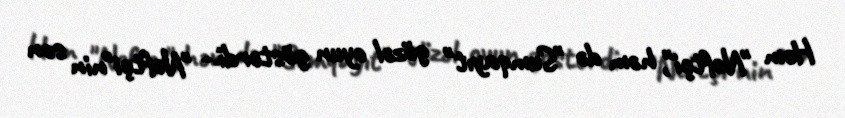
Həm "Neftçi", həm də "Sumqayıt" gözəl oyun göstərdi.- "Neftçi"nin son